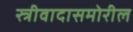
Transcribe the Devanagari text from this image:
स्त्रीवादासमोरील